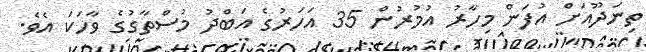
ތިނަދޫއަށް އުފަން މިހާރު އުމުރުން 35 އަހަރުގެ އަބްދު މުސްތާގުގެ ވާހަކަ އެވެ.